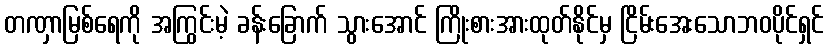
တဏှာမြစ်ရေကို အကြွင်းမဲ့ ခန်းခြောက် သွားအောင် ကြိုးစားအားထုတ်နိုင်မှ ငြိမ်းအေးသောဘဝပိုင်ရှင်